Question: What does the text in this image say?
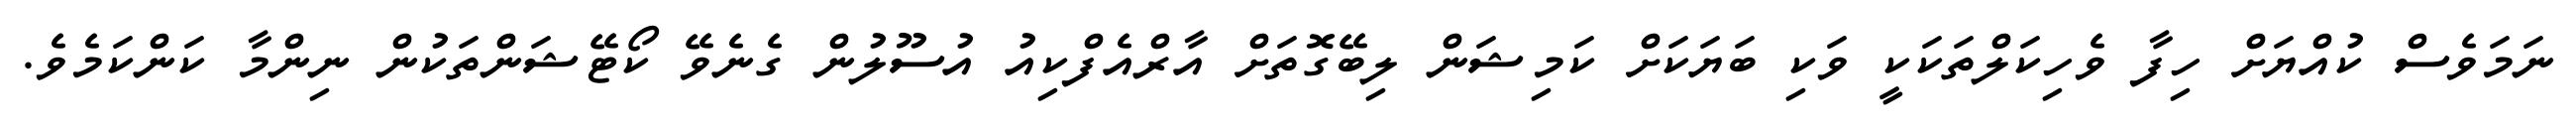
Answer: ނަމަވެސް ކުއްޔަށް ހިފާ ވެހިކަލްތަކަކީ ވަކި ބަޔަކަށް ކަމިޝަން ލިބޭގޮތަށް އާރްއެފްކިއު އުސޫލުން ގެނެވޭ ކޯޓޭޝަންތަކުން ނިންމާ ކަންކަމެވެ.